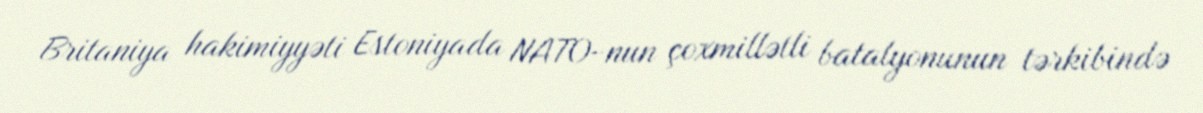
Britaniya hakimiyyəti Estoniyada NATO-nun çoxmillətli batalyonunun tərkibində